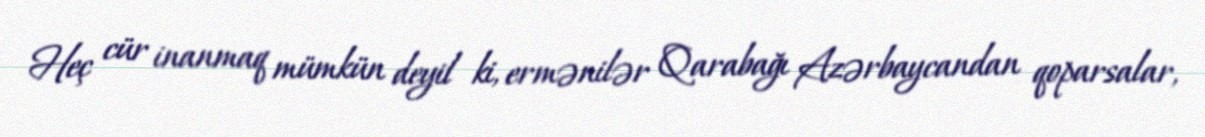
Heç cür inanmaq mümkün deyil ki, ermənilər Qarabağı Azərbaycandan qoparsalar,